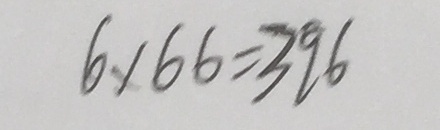
6 \times 6 6 = 3 9 6